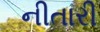
નીતારી